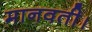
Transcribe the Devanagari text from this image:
मानवती।